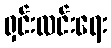
ရှင်းလင်းရေး